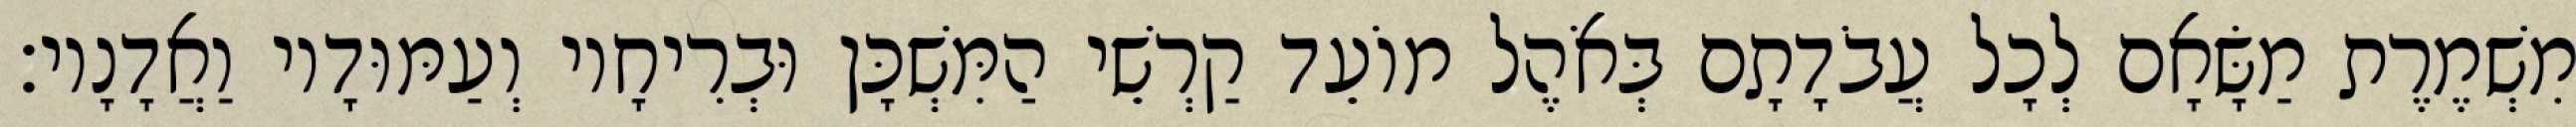
מִשְׁמֶרֶת מַשָּׂאָם לְכָל עֲבֹדָתָם בְּאֹהֶל מוֹעֵד קַרְשֵׁי הַמִּשְׁכָּן וּבְרִיחָיו וְעַמּוּדָיו וַאֲדָנָיו׃